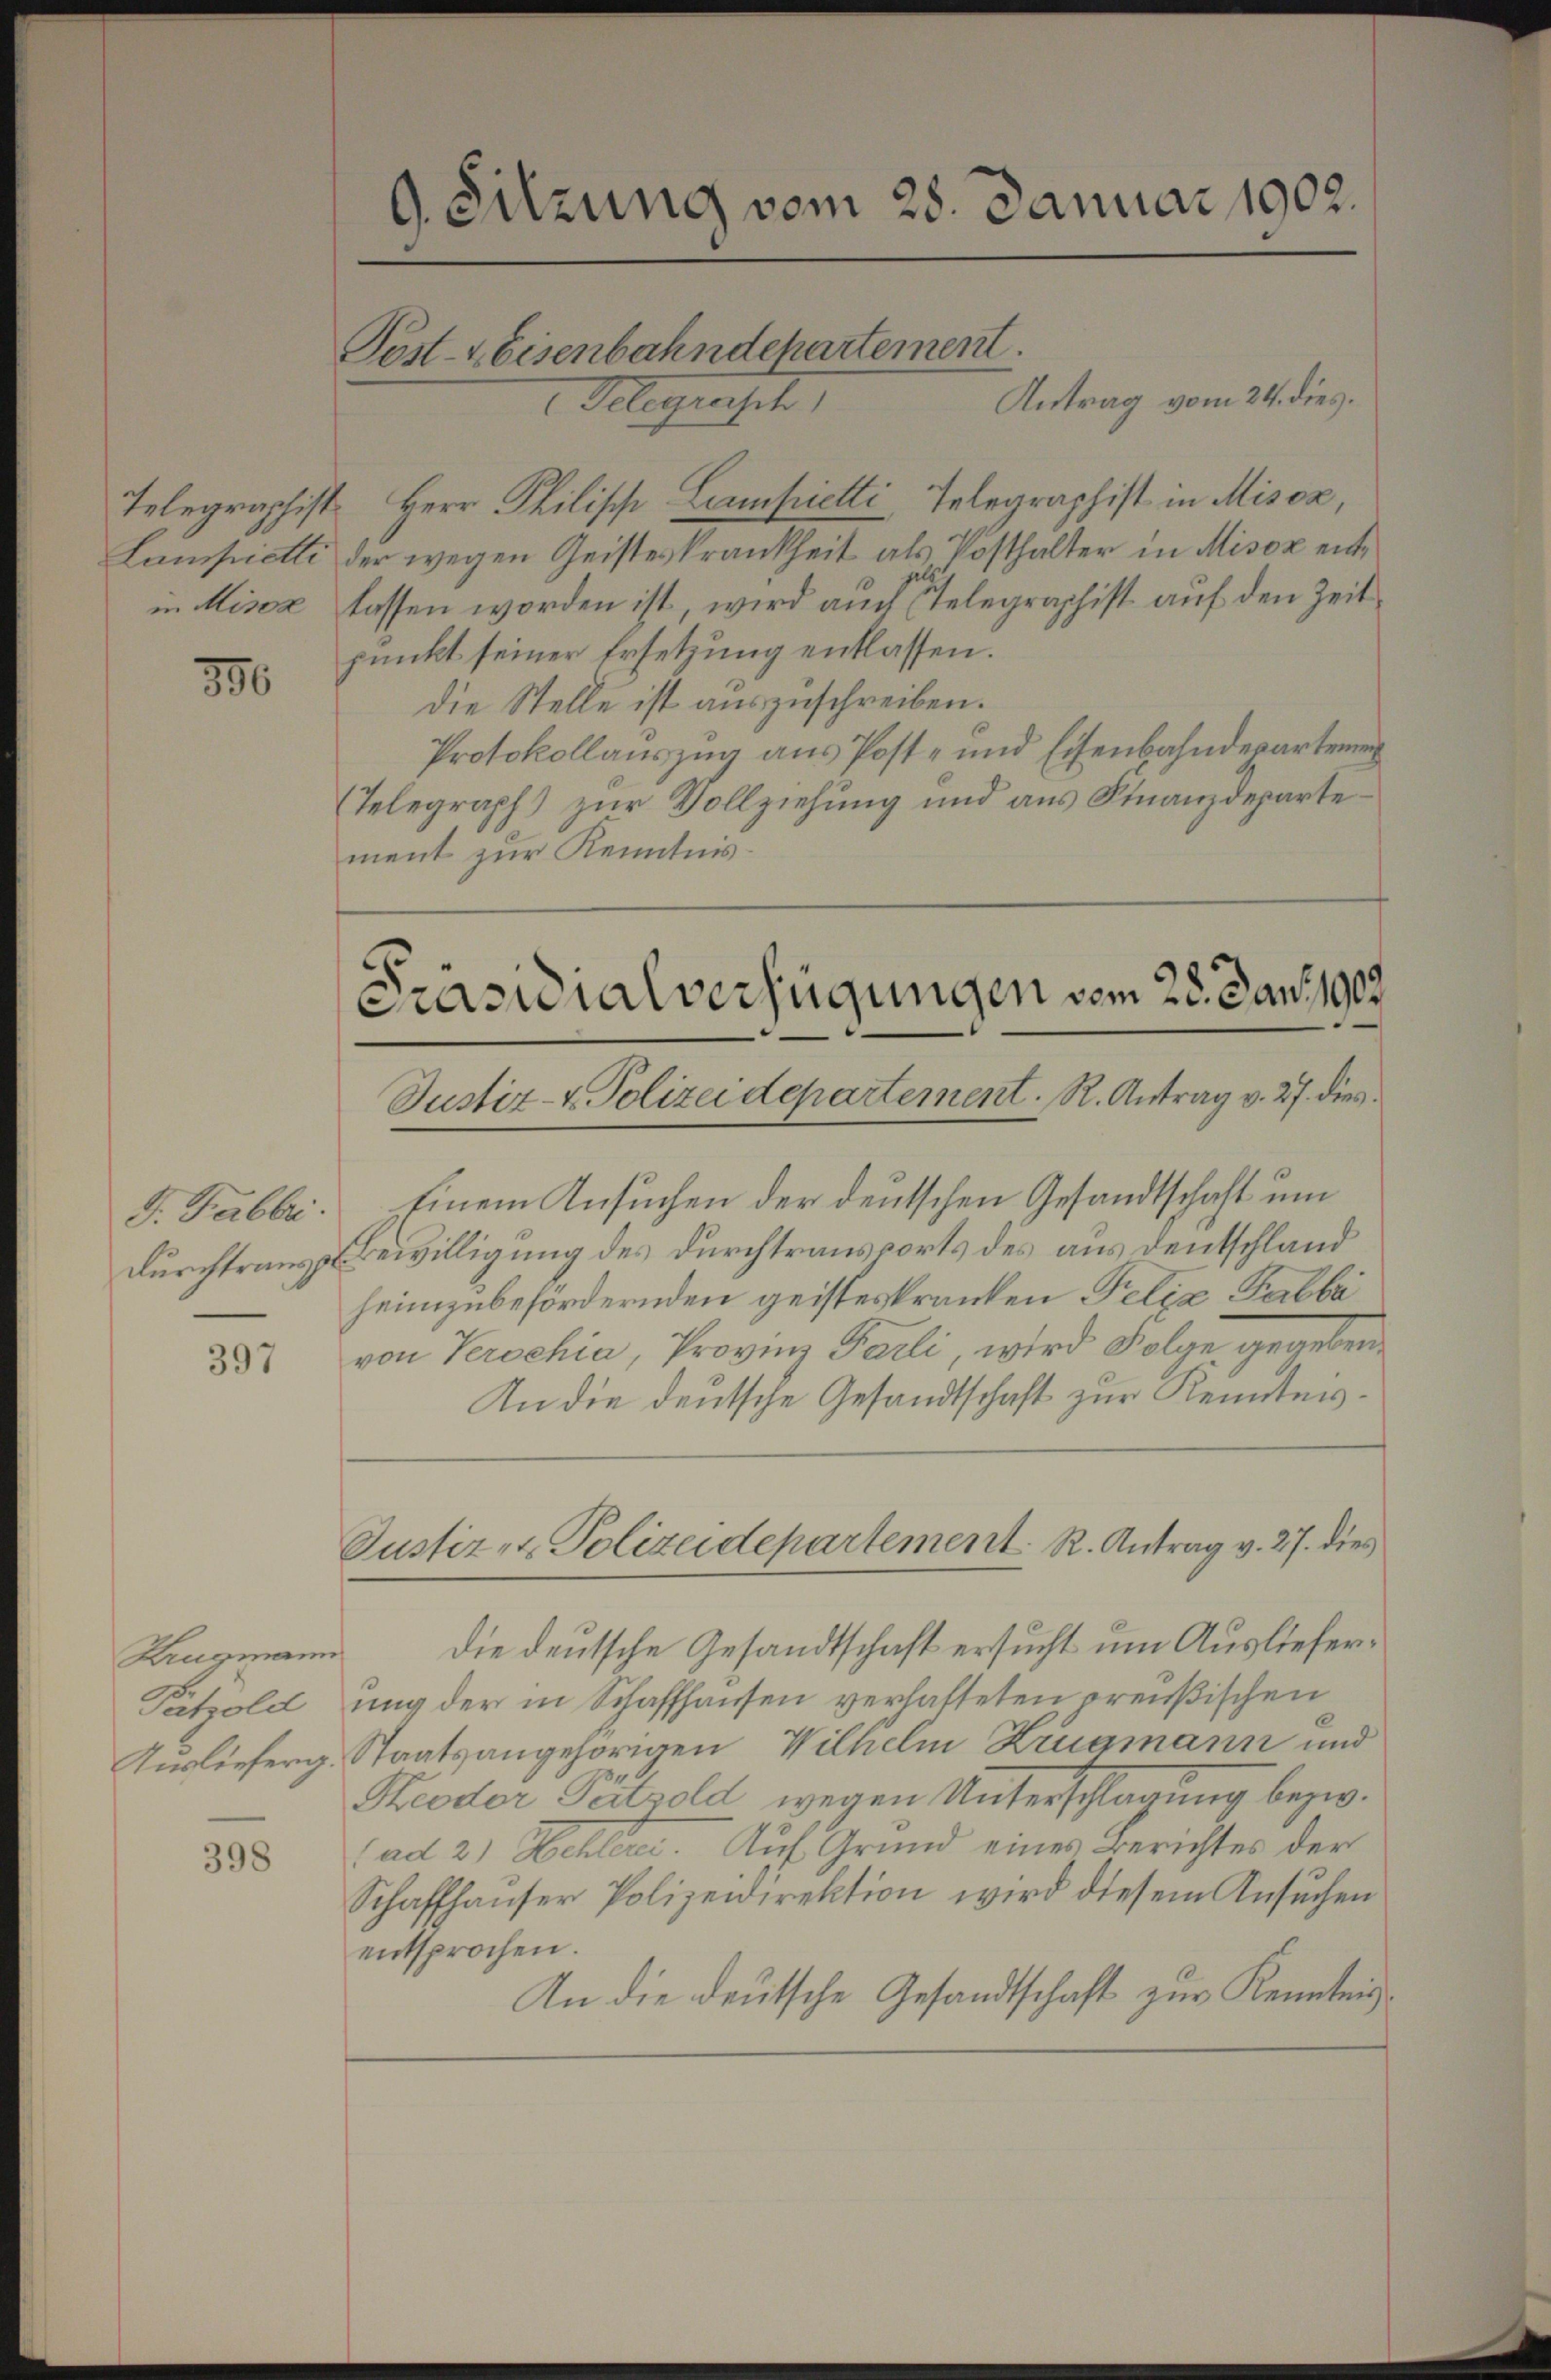
in Misox

386

d. Fabbri.
durchtranspol

397

Krugmann
Pahold
Auslieferg

398

9. Sitzung vom 28. Januar 1902.
Post- & Eisenbahndepartement.
Antrag vom 24. dies.
Telegrasch

Telegraphist. Herr Philisch Campietti, Telegraphist in Misox,
Lanspielti der wegen Geisteskrankheit als Posthalter in Misox entlassen worden ist, wird auch relegraphist auf den Zeitpunkt seiner Ersetzung entlassen.
die Stelle ist auszuschreiben.
Protokollauszug aus Post- und Eisenbahndepartemen
(Telegraph) zur Vollziehung und aus Finanzdepartement zur Kenntnis.

Einem Ansuchen der deutschen Gesandtschaft um
Bewilligung des Durchtransports des aus deutschland
heimzubefördernden geisteskranken Felix Tabbi
von Verschia, Provinz Parli, wird Folge gegeben
An die deutsche Gesandtschaft zur Kenntnis.
die deutsche Gesandtschaft ersucht um Auslieferung der in Schaffhausen verhafteten preußischen
Staatsangehörigen Wilhelm Zrugmann und
Proder Peitzold wegen Unterschlagung bezw.
(ad 2) Hehlerei. Auf Grund eines Berichtes der
Schaffhauser Polizeidirektion wird diesem Ansuchen
entsprochen.
An die deutsche Gesandtschaft zur Kenntnis¬

Präsidialverfügungen vom 28. Jan. 1903
Justiz- & Polizeidepartement. R. Antrag v. 27. dies

Justiz- & Polizeidepartement R. Antrag v. 27. dies